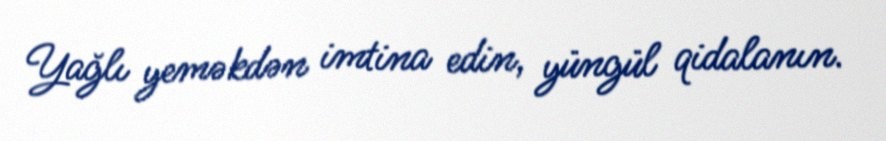
Yağlı yeməkdən imtina edin, yüngül qidalanın.